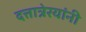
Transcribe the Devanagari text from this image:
दत्तात्रेरयांनी